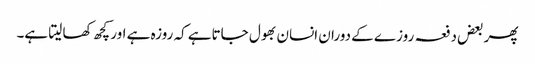
پھر بعض دفعہ روزے کے دوران انسان بھول جاتاہے کہ روزہ ہے اور کچھ کھا لیتا ہے۔